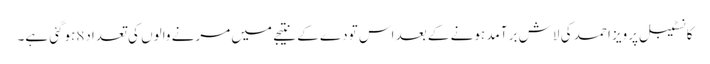
کانسٹیبل پرویز احمد کی لاش بر آمد ہونے کے بعد اس تودے کے نتیجے میں مرنے والوں کی تعداد8ہوگئی ہے۔